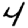
Digit: 4